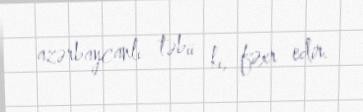
azərbaycanlı təbii ki, fəxr edir.